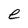
Character: e